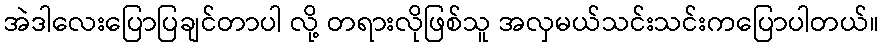
အဲဒါလေးပြောပြချင်တာပါ လို့ တရားလိုဖြစ်သူ အလှမယ်သင်းသင်းကပြောပါတယ်။